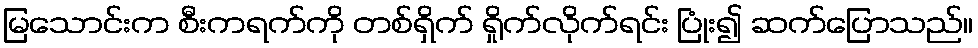
မြသောင်းက စီးကရက်ကို တစ်ရှိက် ရှိုက်လိုက်ရင်း ပြုံး၍ ဆက်ပြောသည်။